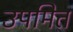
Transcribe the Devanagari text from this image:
उपमित